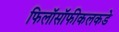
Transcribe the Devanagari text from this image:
फिलॉसॉफीकलकडे